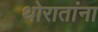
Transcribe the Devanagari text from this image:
थोरातांना